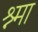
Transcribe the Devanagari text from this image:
श्र्मा